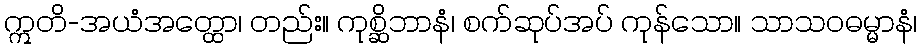
ဣတိ-အယံအတ္ထော၊ တည်း။ ကုစ္ဆိဘာနံ၊ စက်ဆုပ်အပ် ကုန်သော။ သာသဝဓမ္မာနံ၊